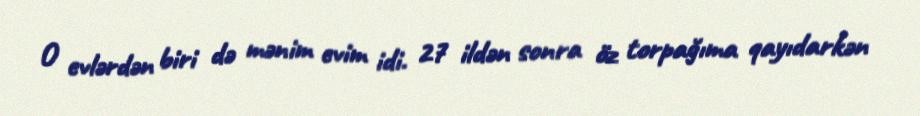
O evlərdən biri də mənim evim idi. 27 ildən sonra öz torpağıma qayıdarkən